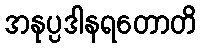
အနုပ္ပဒါနရတောတိ